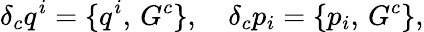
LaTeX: \delta_{c}q^{i}=\{ q^{i},\, G^{c}\} ,\quad\delta_{c}p_{i}=\{ p_{i},\, G^{c}\} ,